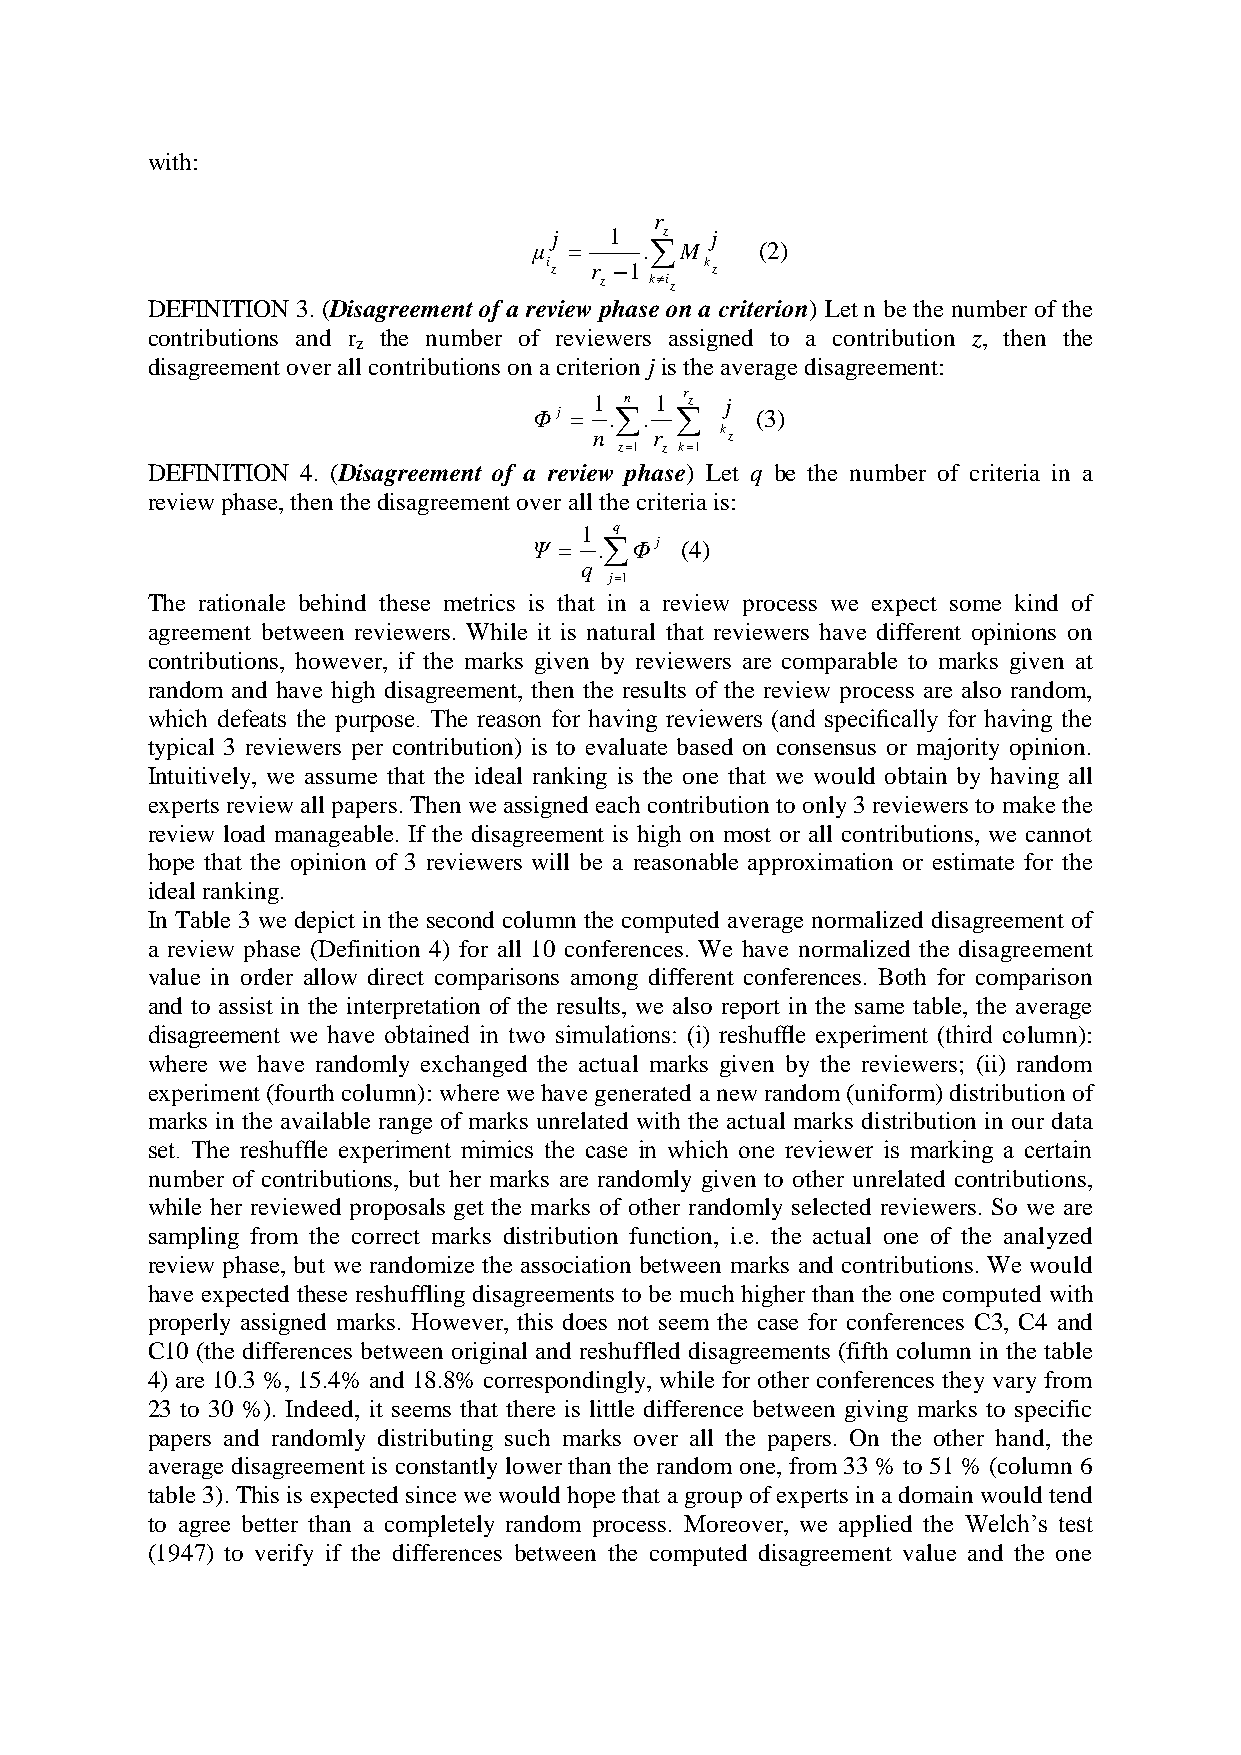
with:
 r
 j  1   z  j
 μ =     .M    (2)
 i z r 1   k z
 z  ki z
 DEFINITION 3. (Disagreement of a review phase on a criterion) Let n be the number of the
 contributions and r the number of reviewers assigned to a contribution z, then the
 z
 disagreement over all contributions on a criterion j is the average disagreement:
 1 n 1 r z j
 Φ j = ..     (3)
 n   r    k z
 z=1 z k=1
 DEFINITION 4. (Disagreement of a review phase) Let q be the number of criteria in a
 review phase, then the disagreement over all the criteria is:
 1  q
 Ψ =  .Φj (4)
 q
 j=1
 The rationale behind these metrics is that in a review process we expect some kind of
 agreement between reviewers. While it is natural that reviewers have different opinions on
 contributions, however, if the marks given by reviewers are comparable to marks given at
 random and have high disagreement, then the results of the review process are also random,
 which defeats the purpose. The reason for having reviewers (and specifically for having the
 typical 3 reviewers per contribution) is to evaluate based on consensus or majority opinion.
 Intuitively, we assume that the ideal ranking is the one that we would obtain by having all
 experts review all papers. Then we assigned each contribution to only 3 reviewers to make the
 review load manageable. If the disagreement is high on most or all contributions, we cannot
 hope that the opinion of 3 reviewers will be a reasonable approximation or estimate for the
 ideal ranking.
 In Table 3 we depict in the second column the computed average normalized disagreement of
 a review phase (Definition 4) for all 10 conferences. We have normalized the disagreement
 value in order allow direct comparisons among different conferences. Both for comparison
 and to assist in the interpretation of the results, we also report in the same table, the average
 disagreement we have obtained in two simulations: (i) reshuffle experiment (third column):
 where we have randomly exchanged the actual marks given by the reviewers; (ii) random
 experiment (fourth column): where we have generated a new random (uniform) distribution of
 marks in the available range of marks unrelated with the actual marks distribution in our data
 set. The reshuffle experiment mimics the case in which one reviewer is marking a certain
 number of contributions, but her marks are randomly given to other unrelated contributions,
 while her reviewed proposals get the marks of other randomly selected reviewers. So we are
 sampling from the correct marks distribution function, i.e. the actual one of the analyzed
 review phase, but we randomize the association between marks and contributions. We would
 have expected these reshuffling disagreements to be much higher than the one computed with
 properly assigned marks. However, this does not seem the case for conferences C3, C4 and
 C10 (the differences between original and reshuffled disagreements (fifth column in the table
 4) are 10.3 %, 15.4% and 18.8% correspondingly, while for other conferences they vary from
 23 to 30 %). Indeed, it seems that there is little difference between giving marks to specific
 papers and randomly distributing such marks over all the papers. On the other hand, the
 average disagreement is constantly lower than the random one, from 33 % to 51 % (column 6
 table 3). This is expected since we would hope that a group of experts in a domain would tend
 to agree better than a completely random process. Moreover, we applied the Welch‟s test
 (1947) to verify if the differences between the computed disagreement value and the one